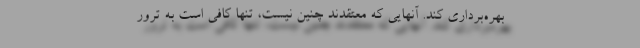
بهره‌برداری کند. آنهایی که معتقدند چنین نیست، تنها کافی است به ترور